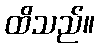
ထိသည်။